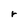
Character: r